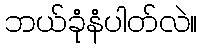
ဘယ်ခုံနံပါတ်လဲ။